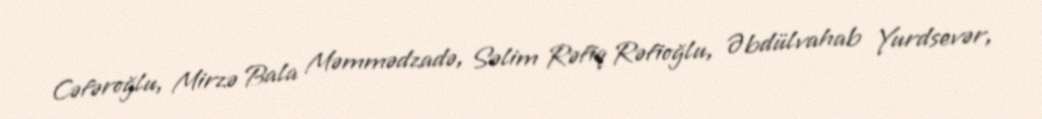
Cəfəroğlu, Mirzə Bala Məmmədzadə, Səlim Rəfiq Rəfioğlu, Əbdülvahab Yurdsevər,